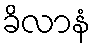
ခိလာနံ